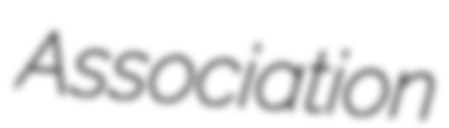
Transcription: Association